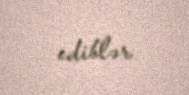
ediblər.